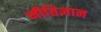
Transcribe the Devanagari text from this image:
नीतिज्ञान